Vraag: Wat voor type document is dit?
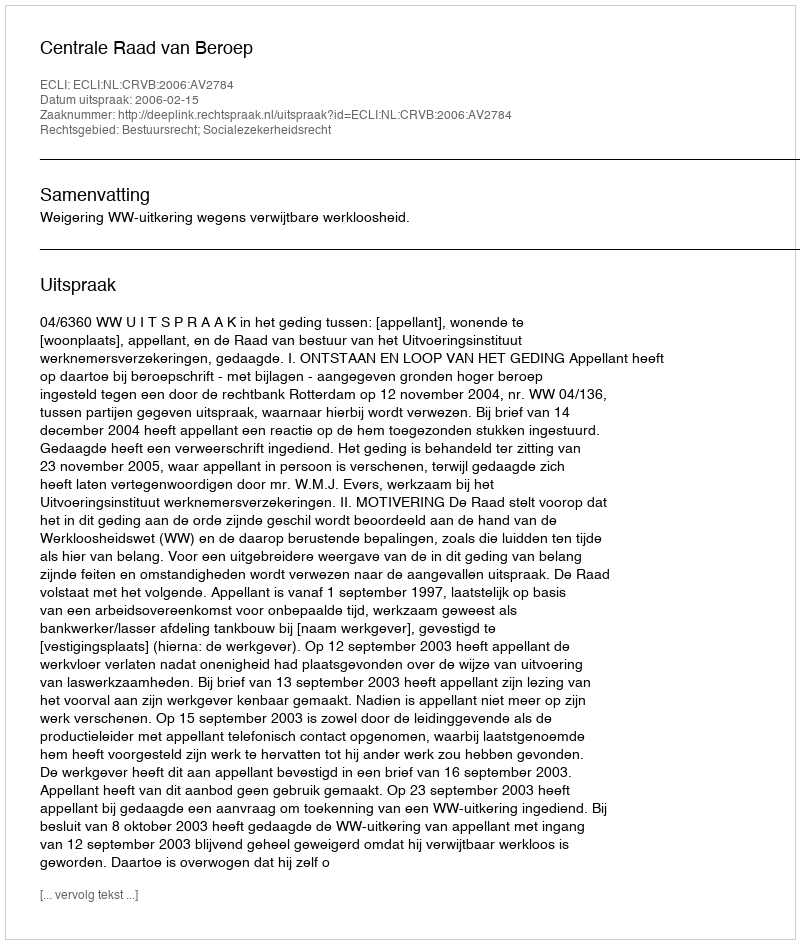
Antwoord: Uitspraak